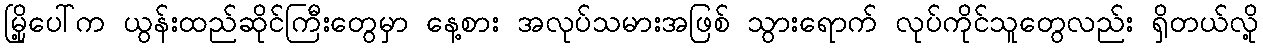
မြို့ပေါ်က ယွန်းထည်ဆိုင်ကြီးတွေမှာ နေ့စား အလုပ်သမားအဖြစ် သွားရောက် လုပ်ကိုင်သူတွေလည်း ရှိတယ်လို့